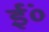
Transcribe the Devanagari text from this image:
ईं०